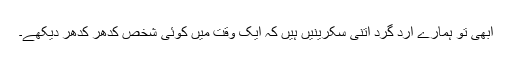
ابھی تو ہمارے ارد گرد اتنی سکرینیں ہیں کہ ایک وقت میں کوئی شخص کدھر کدھر دیکھے۔